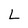
Character: L